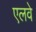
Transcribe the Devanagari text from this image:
एलवे